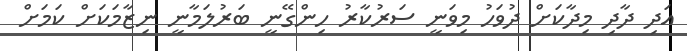
އަދި ދާދި މިދާކަށް ދުވަހު މިވަނީ ސަރުކާރު ހިންގޭނީ ބަރުލަމާނީ ނިޒާމަކަށް ކަމަށް